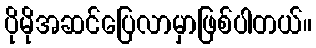
ပိုမိုအဆင်ပြေလာမှာဖြစ်ပါတယ်။